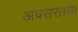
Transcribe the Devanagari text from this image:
अवसरतया